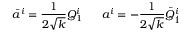
\bar { a } ^ { i } = { \frac { 1 } { 2 \sqrt { k } } } Q _ { 1 } ^ { i } \ \ \ \ \ a ^ { i } = - { \frac { 1 } { 2 \sqrt { k } } } \bar { Q } _ { \dot { 1 } } ^ { i }